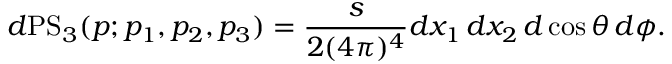
d \mathrm { P S } _ { 3 } ( p ; p _ { 1 } , p _ { 2 } , p _ { 3 } ) = \frac { s } { 2 ( 4 \pi ) ^ { 4 } } d x _ { 1 } \, d x _ { 2 } \, d \cos \theta \, d \phi .